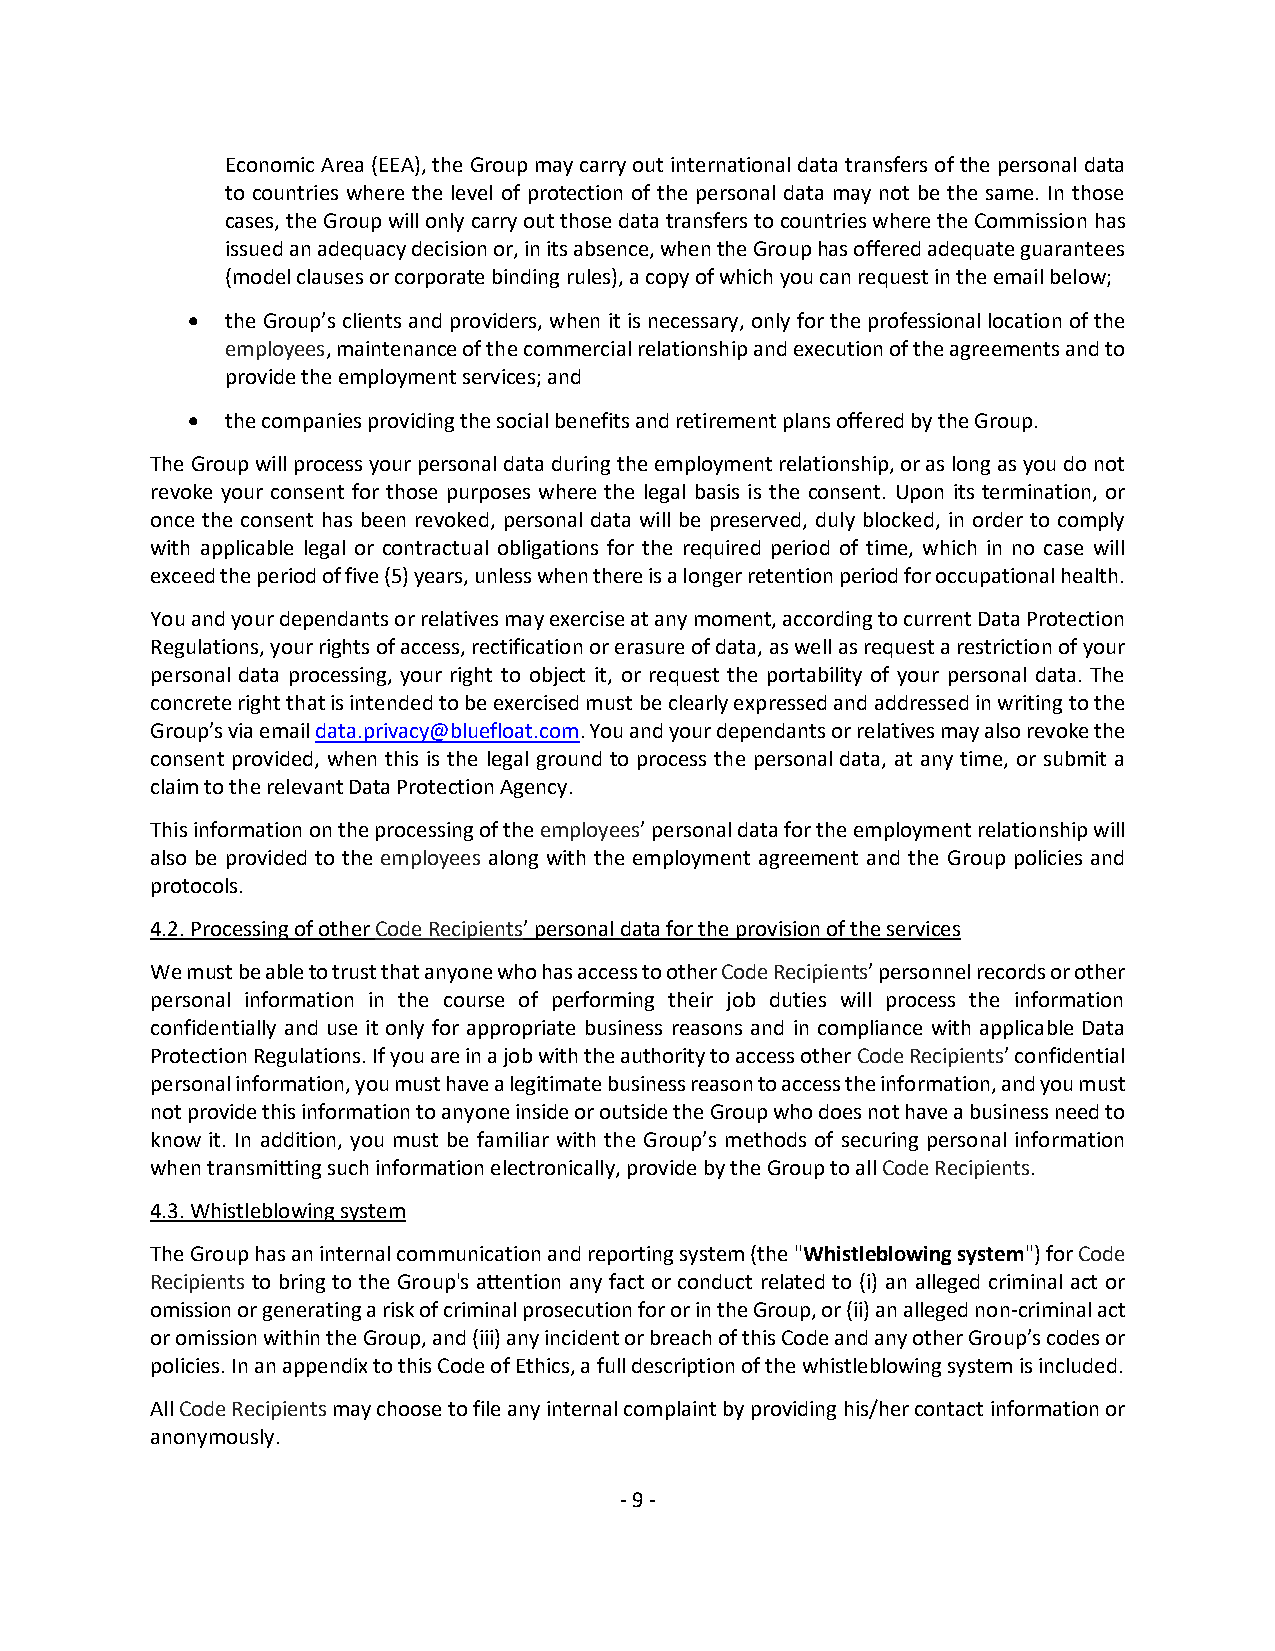
Economic Area (EEA), the Group may carry out international data transfers of the personal data
 to countries where the level of protection of the personal data may not be the same. In those
 cases, the Group will only carry out those data transfers to countries where the Commission has
 issued an adequacy decision or, in its absence, when the Group has offered adequate guarantees
 (model clauses or corporate binding rules), a copy of which you can request in the email below;
 •  the Group’s clients and providers, when it is necessary, only for the professional location of the
 employees, maintenance of the commercial relationship and execution of the agreements and to
 provide the employment services; and
 •  the companies providing the social benefits and retirement plans offered by the Group.
 The Group will process your personal data during the employment relationship, or as long as you do not
 revoke your consent for those purposes where the legal basis is the consent. Upon its termination, or
 once the consent has been revoked, personal data will be preserved, duly blocked, in order to comply
 with applicable legal or contractual obligations for the required period of time, which in no case will
 exceed the period of five (5) years, unless when there is a longer retention period for occupational health.
 You and your dependants or relatives may exercise at any moment, according to current Data Protection
 Regulations, your rights of access, rectification or erasure of data, as well as request a restriction of your
 personal data processing, your right to object it, or request the portability of your personal data. The
 concrete right that is intended to be exercised must be clearly expressed and addressed in writing to the
 Group’s via email data.privacy@bluefloat.com. You and your dependants or relatives may also revoke the
 consent provided, when this is the legal ground to process the personal data, at any time, or submit a
 claim to the relevant Data Protection Agency.
 This information on the processing of the employees’ personal data for the employment relationship will
 also be provided to the employees along with the employment agreement and the Group policies and
 protocols.
 4.2. Processing of other Code Recipients’ personal data for the provision of the services
 We must be able to trust that anyone who has access to other Code Recipients’ personnel records or other
 personal information in the course of performing their job duties will process the information
 confidentially and use it only for appropriate business reasons and in compliance with applicable Data
 Protection Regulations. If you are in a job with the authority to access other Code Recipients’ confidential
 personal information, you must have a legitimate business reason to access the information, and you must
 not provide this information to anyone inside or outside the Group who does not have a business need to
 know it. In addition, you must be familiar with the Group’s methods of securing personal information
 when transmitting such information electronically, provide by the Group to all Code Recipients.
 4.3. Whistleblowing system
 The Group has an internal communication and reporting system (the "Whistleblowing system") for Code
 Recipients to bring to the Group's attention any fact or conduct related to (i) an alleged criminal act or
 omission or generating a risk of criminal prosecution for or in the Group, or (ii) an alleged non-criminal act
 or omission within the Group, and (iii) any incident or breach of this Code and any other Group’s codes or
 policies. In an appendix to this Code of Ethics, a full description of the whistleblowing system is included.
 All Code Recipients may choose to file any internal complaint by providing his/her contact information or
 anonymously.
 - 9 -